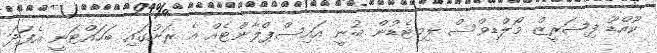
ކޫއްޑޫ ފިޝަރީޒް މޯލްޑިވްސް ލިމިޓެޑުން ބުނީ އައިސްޕްލާންޓެއް އެ ރަށުގައި ބަހައްޓަނީ އެފަދަ